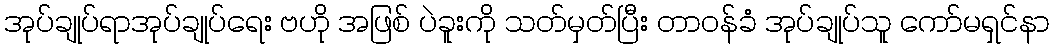
အုပ်ချုပ်ရာအုပ်ချုပ်ရေး ဗဟို အဖြစ် ပဲခူးကို သတ်မှတ်ပြီး တာဝန်ခံ အုပ်ချုပ်သူ ကော်မရှင်နာ